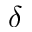
\delta